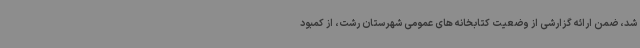
شد، ضمن ارائه گزارشی از وضعیت کتابخانه های عمومی شهرستان رشت، از کمبود